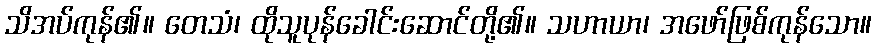
သိအပ်ကုန်၏။ တေသံ၊ ထိုသူပုန်ခေါင်းဆောင်တို့၏။ သဟာယာ၊ အဖော်ဖြစ်ကုန်သော။